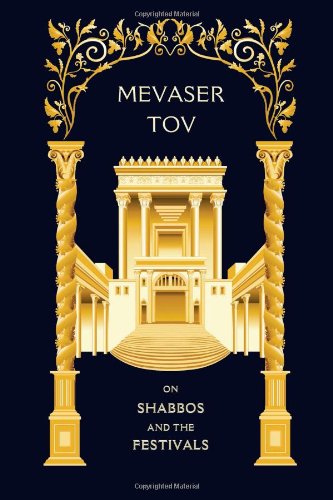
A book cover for Mevaser Tov on Shabbos and the Festivals: A collection of Chassidic essays exploring the profundity and holiness of the Jewish year; Biala Rebbe; Religion & Spirituality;